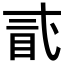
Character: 𥄽